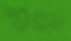
শুধ্‌রলে